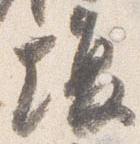
場